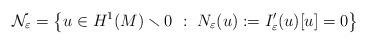
LaTeX: \begin{align*}{\mathcal N}_{\varepsilon}=\left\{ u\in H^{1}(M)\smallsetminus0\ :\ N_{\varepsilon}(u):=I'_{\varepsilon}(u)[u]=0\right\} \end{align*}